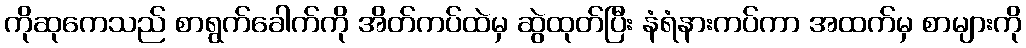
ကိုဆုကေသည် စာရွက်ခေါက်ကို အိတ်ကပ်ထဲမှ ဆွဲထုတ်ပြီး နံရံနားကပ်ကာ အထက်မှ စာများကို